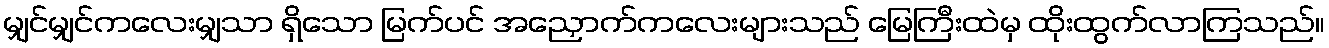
မျှင်မျှင်ကလေးမျှသာ ရှိသော မြက်ပင် အညှောက်ကလေးများသည် မြေကြီးထဲမှ ထိုးထွက်လာကြသည်။